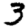
Digit: 3